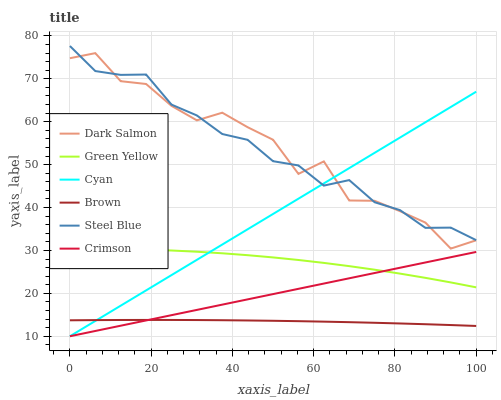
| xaxis_label | Dark Salmon | Green Yellow | Cyan | Brown | Steel Blue | Crimson |
 | --- | --- | --- | --- | --- | --- | --- |
 | 0 | 74.8 | 30.4 | 10 | 13.7 | 77.6 | 10 |
 | 6.25 | 76 | 30.4 | 13.6 | 13.8 | 71.8 | 11.2 |
 | 12.5 | 69.5 | 30.3 | 17.1 | 13.8 | 70.9 | 12.5 |
 | 18.8 | 68.8 | 30.2 | 20.7 | 13.8 | 71 | 13.7 |
 | 25 | 63.7 | 30 | 24.2 | 13.8 | 64 | 14.9 |
 | 31.2 | 60.3 | 29.7 | 27.8 | 13.8 | 61.5 | 16.1 |
 | 37.5 | 62.1 | 29.3 | 31.4 | 13.7 | 57.1 | 17.4 |
 | 43.8 | 58.7 | 28.9 | 34.9 | 13.7 | 55.8 | 18.6 |
 | 50 | 55.8 | 28.4 | 38.5 | 13.6 | 50.8 | 19.8 |
 | 56.2 | 47.8 | 27.8 | 42.1 | 13.5 | 49.8 | 21.1 |
 | 62.5 | 50.8 | 27.1 | 45.6 | 13.4 | 45.1 | 22.3 |
 | 68.8 | 41.6 | 26.3 | 49.2 | 13.3 | 46.4 | 23.5 |
 | 75 | 41.6 | 25.5 | 52.7 | 13.1 | 41.2 | 24.7 |
 | 81.2 | 39.2 | 24.6 | 56.3 | 13 | 39.4 | 26 |
 | 87.5 | 36.5 | 23.6 | 59.9 | 12.8 | 35.3 | 27.2 |
 | 93.8 | 30.4 | 22.5 | 63.4 | 12.6 | 35.3 | 28.4 |
 | 100 | 32.4 | 21.4 | 67 | 12.4 | 32.4 | 29.6 |